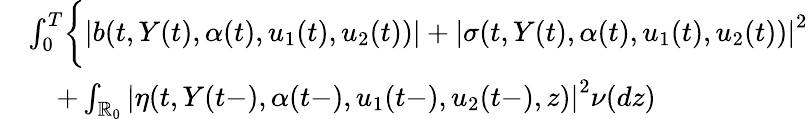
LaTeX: \begin{array}{rl}&{\int_{0}^{T}\biggl\{ \left|b(t,Y(t),\alpha(t),u_{1}(t),u_{2}(t))\right|+\left|\sigma(t,Y(t),\alpha(t),u_{1}(t),u_{2}(t))\right|^{2}}\\ &{\quad+\int_{\mathbb{R}_{0}}\left|\eta(t,Y(t-),\alpha(t-),u_{1}(t-),u_{2}(t-),z)\right|^{2}\nu(dz)}\end{array}